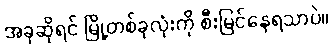
အခုဆိုရင် မြို့တစ်ခုလုံးကို စီးမြင်နေရသာပဲ။